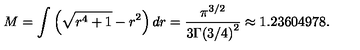
M = \int \left( \sqrt { r ^ { 4 } + 1 } - r ^ { 2 } \right) d r = \frac { \pi ^ { 3 / 2 } } { 3 { \Gamma ( 3 / 4 ) } ^ { 2 } } \approx 1 . 2 3 6 0 4 9 7 8 .